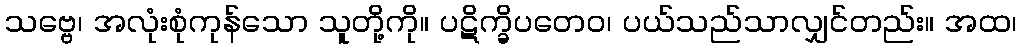
သဗ္ဗေ၊ အလုံးစုံကုန်သော သူတို့ကို။ ပဋိက္ခိပတေဝ၊ ပယ်သည်သာလျှင်တည်း။ အထ၊